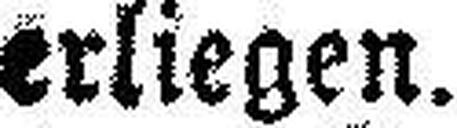
erliegen.